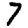
Digit: 7